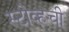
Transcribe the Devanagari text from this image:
स्टोव्हची